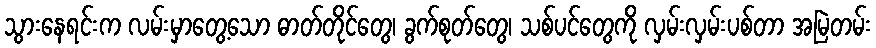
သွားနေရင်းက လမ်းမှာတွေ့သော ဓာတ်တိုင်တွေ၊ ခွက်စုတ်တွေ၊ သစ်ပင်တွေကို လှမ်းလှမ်းပစ်တာ အမြဲတမ်း